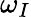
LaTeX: \omega_{I}